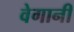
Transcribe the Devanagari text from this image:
वेगानी